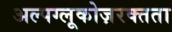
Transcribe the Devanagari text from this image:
अल्पग्लूकोज़रक्तता